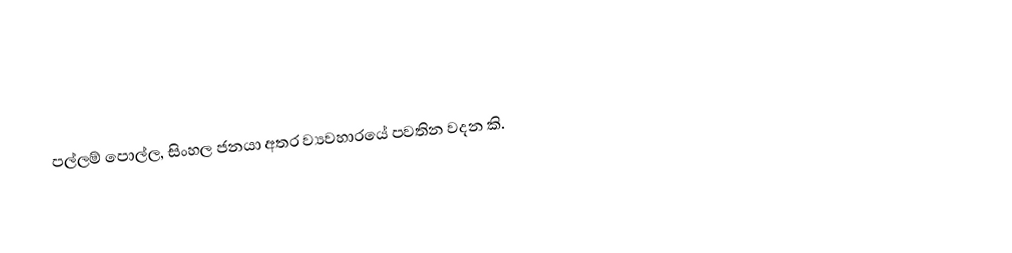
පල්ලම් පොල්ල, සිංහල ජනයා අතර ව්‍යවහාරයේ පවතින වදන කි.